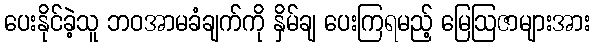
ပေးနိုင်ခဲ့သူ ဘဝအာမခံချက်ကို နှိမ်ချ ပေးကြရမည့် မြေဩဇာများအား